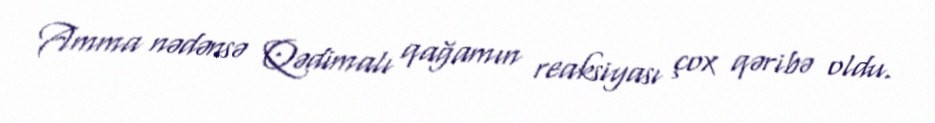
Amma nədənsə Qədimalı qağamın reaksiyası çox qəribə oldu.